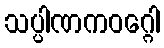
သပ္ပါဏကဝဂ္ဂေါ